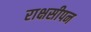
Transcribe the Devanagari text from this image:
राक्षसीपन